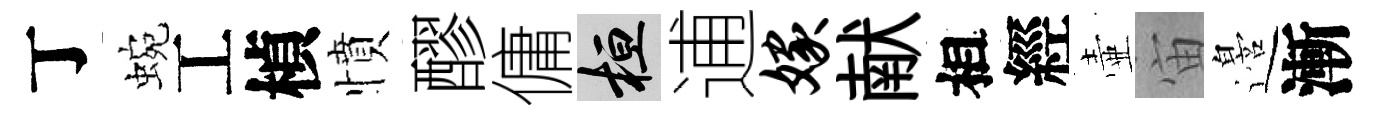
丁蜿工楨憤醪傭桓逋嫁献相經壷宙邉漸